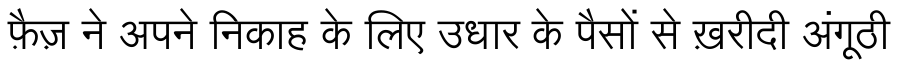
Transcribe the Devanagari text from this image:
फ़ैज़ ने अपने निकाह के लिए उधार के पैसों से ख़रीदी अंगूठी